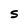
Character: S